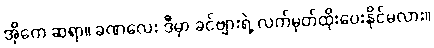
အိုကေ ဆရာ။ ခဏလေး ဒီမှာ ခင်ဗျားရဲ့ လက်မှတ်ထိုးပေးနိုင်မလား။